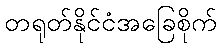
တရုတ်နိုင်ငံအခြေစိုက်